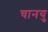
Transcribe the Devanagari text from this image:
चानयु